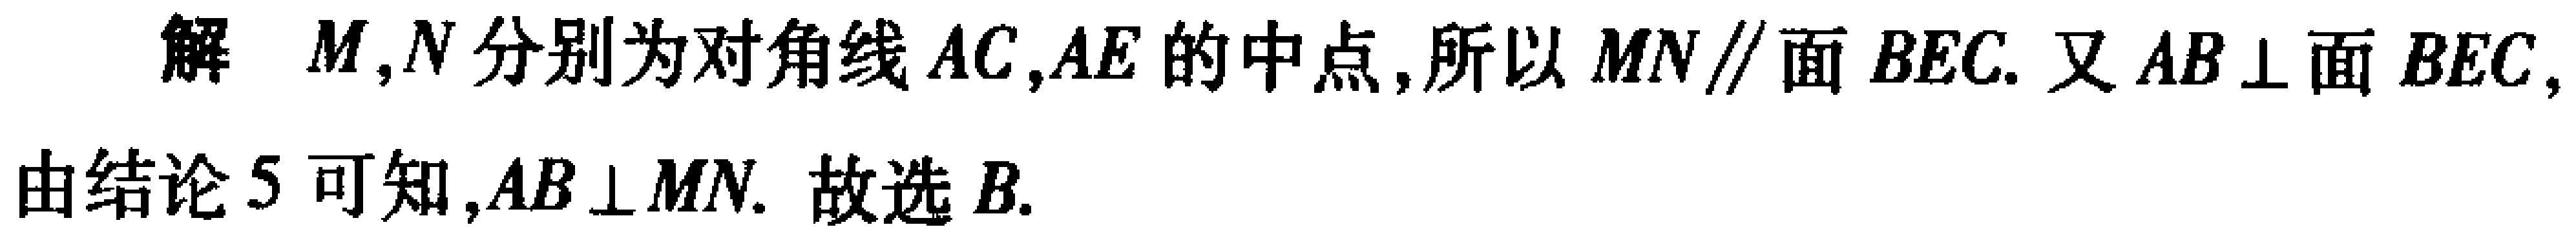
解 \(M,N\)分别为对角线 \(AC,AE\)的中点,所以 \(MN\parallel\)面 \(BEC\). 又 \(AB\perp\)面 \(BEC\), 由结论 \(5\)可知,\(AB\perp MN\). 故选 \(B\).